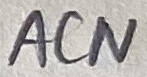
Text: ACN